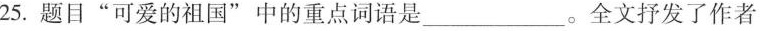
25.题目“可爱的祖国”中的重点词语是___。全文抒发了作者